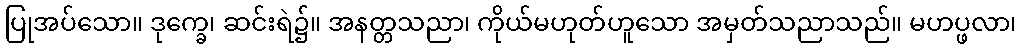
ပြုအပ်သော။ ဒုက္ခေ၊ ဆင်းရဲ၌။ အနတ္တသညာ၊ ကိုယ်မဟုတ်ဟူသော အမှတ်သညာသည်။ မဟပ္ဖလာ၊